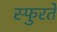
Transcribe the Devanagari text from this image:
स्फुरते